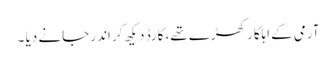
آرمی کے اہلکار کھڑے تھے، کارڈ دیکھ کر اندر جانے دیا ۔